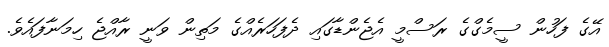
އޭގެ ފަހުން ސީމެގްގެ ރަސްމީ އެޖެންޑާގައި ދެފަހަރެއްގެ މަތިން ވަނީ ރާއްޖެ ހިމަނާފައެވެ.